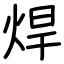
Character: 焊